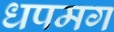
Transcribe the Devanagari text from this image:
धपमग